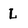
Character: L